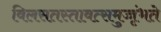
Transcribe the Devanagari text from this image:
विलसतस्तावत्समुज्जृंभते